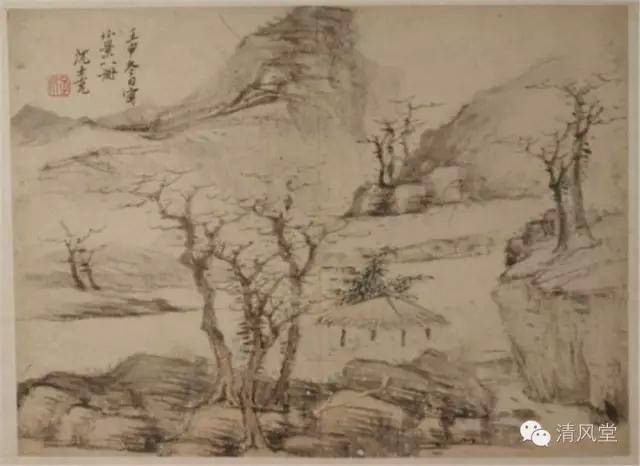
风鸣两岸叶，月照一孤舟。